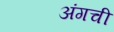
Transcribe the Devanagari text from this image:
अंगची